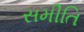
સમીતિ